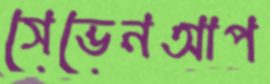
সেভেনআপ